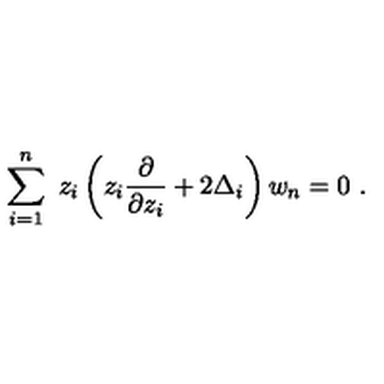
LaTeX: \sum _ { i = 1 } ^ { n } \ z _ { i } \left( z _ { i } { \frac { \partial } { \partial z _ { i } } } + 2 \Delta _ { i } \right) w _ { n } = 0 \ .